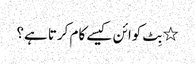
٭ بِٹ کوائن کیسے کام کرتا ہے؟